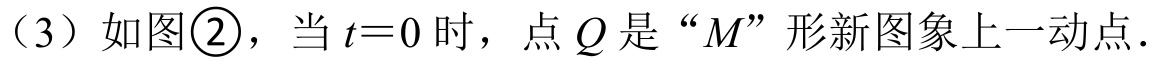
（3）如图\textcircled{2}，当\(t = 0\)时，点\(Q\)是“\(M\)”形新图象上一动点．